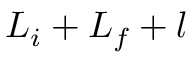
{ L } _ { i } + { L } _ { f } + { l }